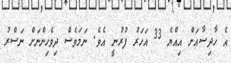
އެ ހާދިސާއަށް އިއްޔެ 33 އަހަރު ފުރުނީ އެވެ. ނަމަވެސް ދިވެހިންނަށް ނަސްރު